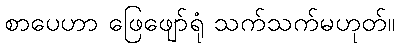
စာပေဟာ ဖြေဖျော်ရုံ သက်သက်မဟုတ်။